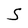
Character: S